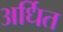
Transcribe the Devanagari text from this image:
अर्धित